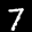
Label: 7